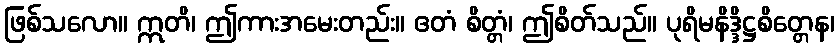
ဖြစ်သလော။ ဣတိ၊ ဤကားအမေးတည်း။ ဧတံ စိတ္တံ၊ ဤစိတ်သည်။ ပုရိမနိဒ္ဒိဋ္ဌစိတ္တေန၊